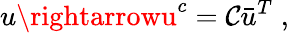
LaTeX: u\rightarrowu^{c}=\mathcal{C}\bar{{u}}^{T}\; ,